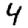
Digit: 4